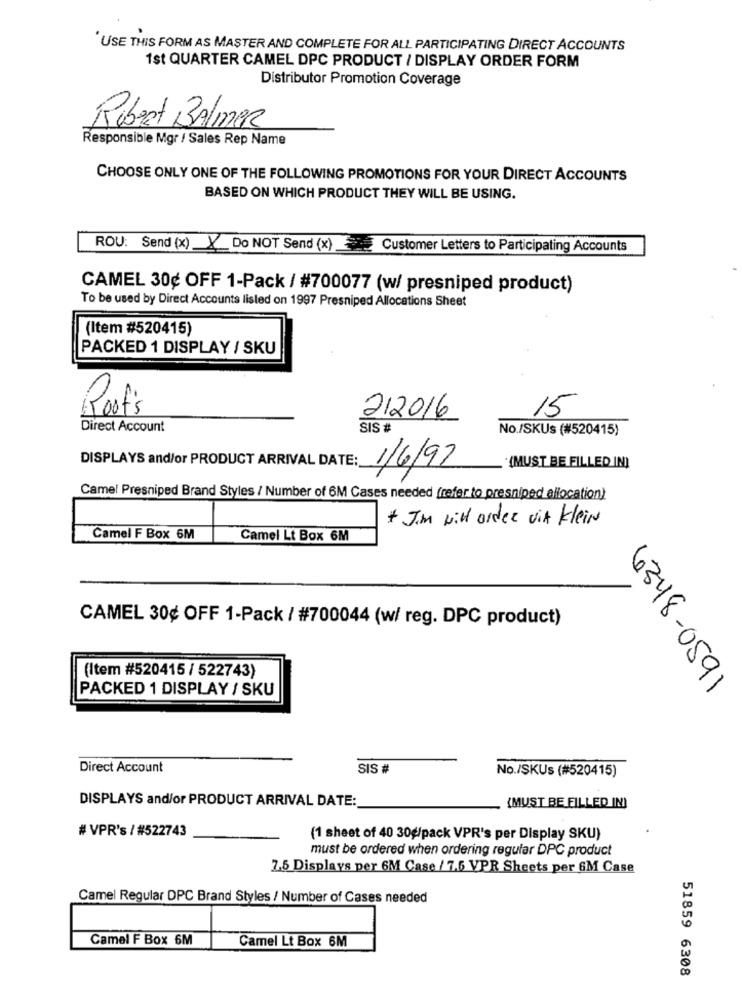
USE THIS FORM AS MASTER AND COMPLETE FOR ALL PARTICIPATING DIRECT ACCOUNTS
1st QUARTER CAMEL DPC PRODUCT / DISPLAY ORDER FORM
Distributor Promotion Coverage
Robert Balmer
Responsible Mgr / Sales Rep Name
CHOOSE ONLY ONE OF THE FOLLOWING PROMOTIONS FOR YOUR DIRECT ACCOUNTS
BASED ON WHICH PRODUCT THEY WILL BE USING.
ROU: Send (x) X Do NOT Send (x) Customer Letters to Participating Accounts
CAMEL 30¢ OFF 1-Pack / #700077 (w/ presniped product)
To be used by Direct Accounts listed on 1997 Presniped Allocations Sheet
(Item #520415)
PACKED 1 DISPLAY / SKU
Roof's
15
212016
Direct Account
SIS #
No./SKUs (#520415)
DISPLAYS and/or PRODUCT ARRIVAL DATE:
1/6/97
"(MUST BE FILLED IN)
Camel Presniped Brand Styles / Number of 6M Cases needed (refer to presniped allocation)
* Jim Nil order vit Klein
Camel F Box 6M
Camel Lt Box 6M
CAMEL 30¢ OFF 1-Pack / #700044 (w/ reg. DPC product)
(Item #520415 / 522743)
PACKED 1 DISPLAY / SKU
6348-0591
Direct Account
SIS #
No./SKUs (#520415)
DISPLAYS and/or PRODUCT ARRIVAL DATE:
(MUST BE FILLED IN)
# VPR's / #522743
(1 sheet of 40 30g/pack VPR's per Display SKU)
must be ordered when ordering regular DPC product
7.5 Displays per 6M Case / 7.5 VPR Sheets per 6M Case
Camel Regular DPC Brand Styles / Number of Cases needed
Camel F Box 6M
Camel Lt Box 6M
51859 6308